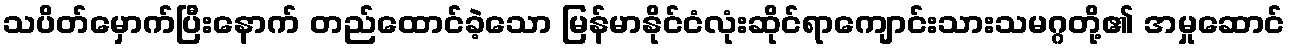
သပိတ်မှောက်ပြီးနောက် တည်ထောင်ခဲ့သော မြန်မာနိုင်ငံလုံးဆိုင်ရာကျောင်းသားသမဂ္ဂတို့၏ အမှုဆောင်